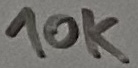
Text: 10K